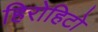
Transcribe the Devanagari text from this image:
हिरोहिटो